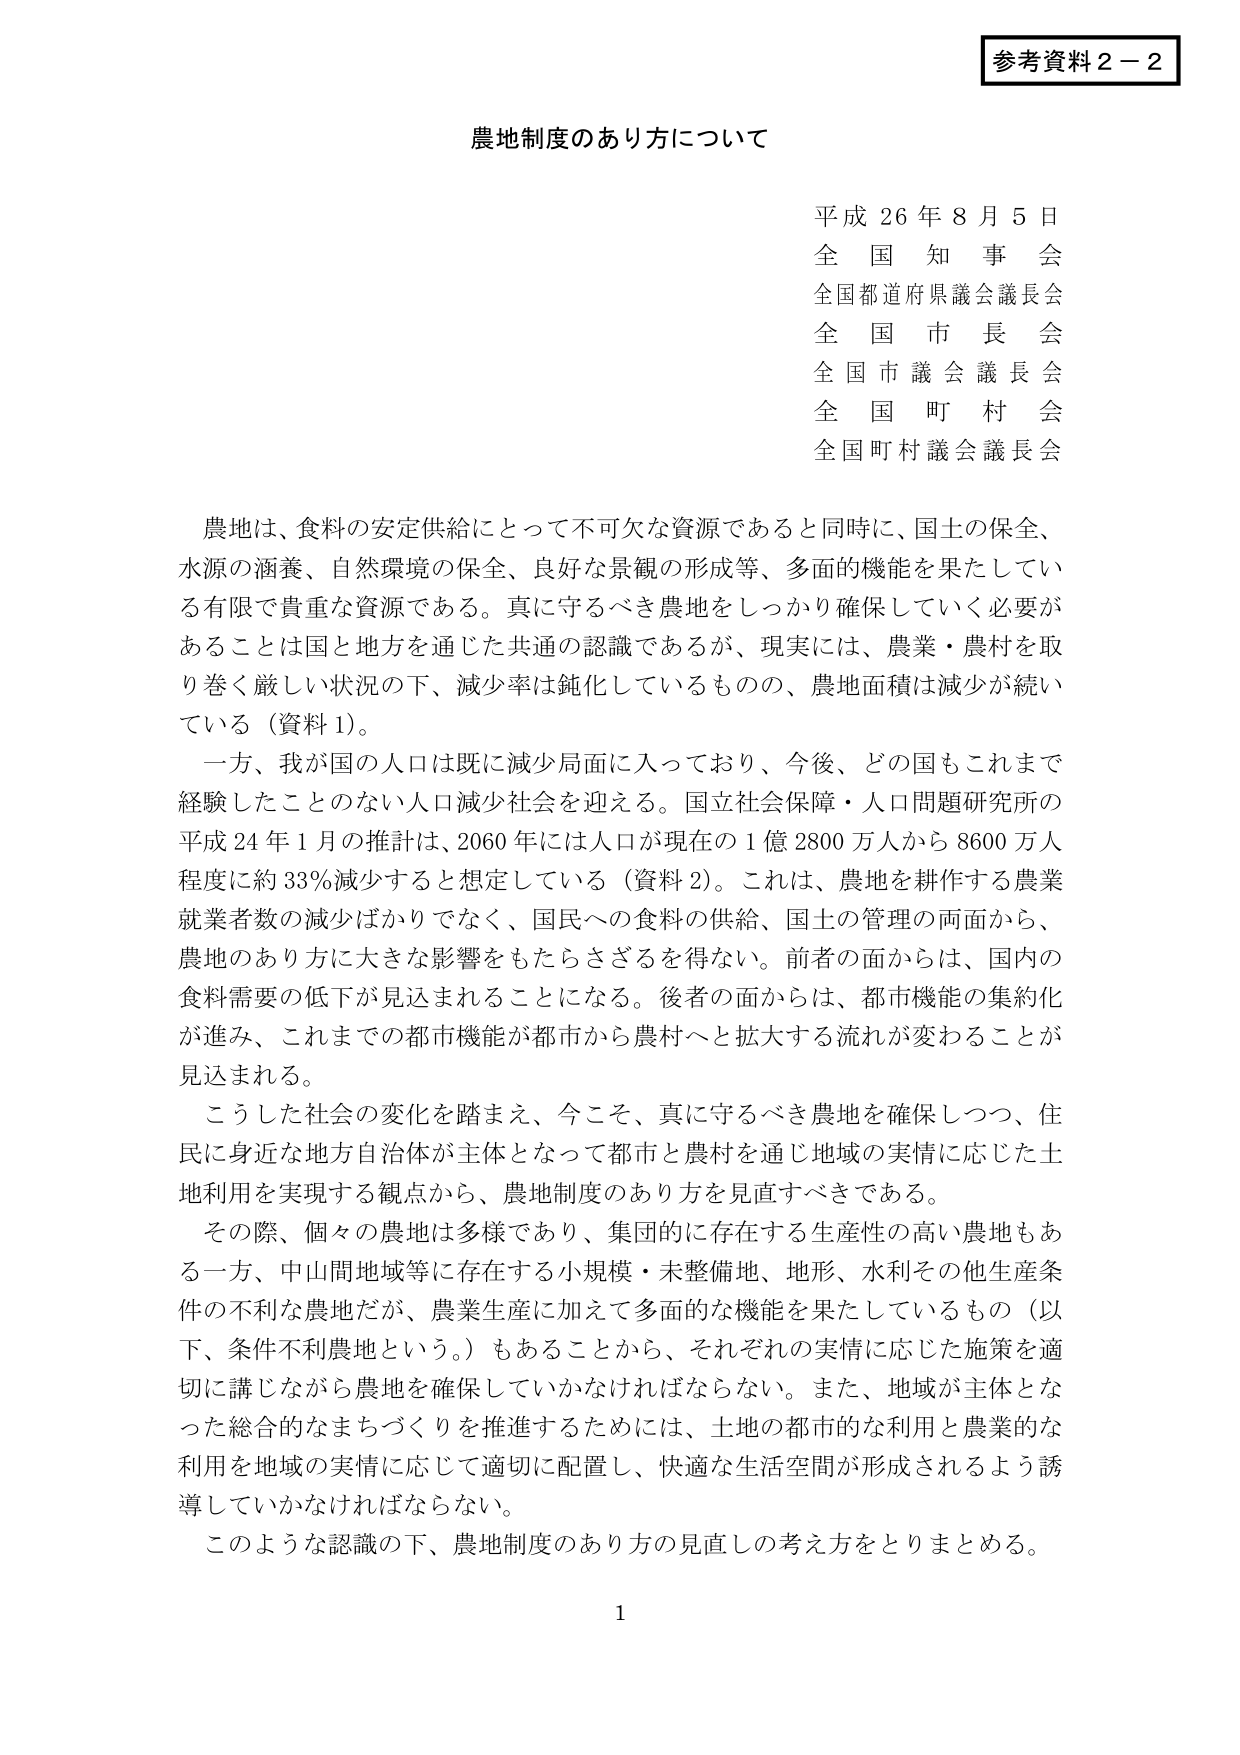
参考資料２－２

農地制度のあり方について

平成26年8月5日
全国知事会
全国都道府県議会議長会
全国市長会
全国市議会議長会
全国町村会
全国町村議会議長会

農地は、食料の安定供給にとって不可欠な資源であると同時に、国土の保全、
水源の涵養、自然環境の保全、良好な景観の形成等、多面的機能を果たしてい
る有限で貴重な資源である。真に守るべき農地をしっかり確保していく必要が
あることは国と地方を通じた共通の認識であるが、現実には、農業・農村を取
り巻く厳しい状況の下、減少率は鈍化しているものの、農地面積は減少が続い
ている（資料1）。

一方、我が国の人口は既に減少局面に入っており、今後、どの国もこれまで
経験したことのない人口減少社会を迎える。国立社会保障・人口問題研究所の
平成24年1月の推計は、2060年には人口が現在の1億2800万人から8600万人
程度に約33％減少すると想定している（資料2）。これは、農地を耕作する農業
就業者数の減少ばかりでなく、国民への食料の供給、国土の管理の両面から、
農地のあり方に大きな影響をもたらさざるを得ない。前者の面からは、国内の
食料需要の低下が見込まれることになる。後者の面からは、都市機能の集約化
が進み、これまでの都市機能が都市から農村へと拡大する流れが変わることが
見込まれる。

こうした社会の変化を踏まえ、今こそ、真に守るべき農地を確保しつつ、住
民に身近な地方自治体が主体となって都市と農村を通じ地域の実情に応じた土
地利用を実現する観点から、農地制度のあり方を見直すべきである。

その際、個々の農地は多様であり、集団的に存在する生産性の高い農地もあ
る一方、中山間地域等に存在する小規模・未整備地、地形、水利その他生産条
件の不利な農地だが、農業生産に加えて多面的な機能を果たしているもの（以
下、条件不利農地という。）もあることから、それぞれの実情に応じた施策を適
切に講じながら農地を確保していかなければならない。また、地域が主体とな
った総合的なまちづくりを推進するためには、土地の都市的な利用と農業的な
利用を地域の実情に応じて適切に配置し、快適な生活空間が形成されるよう誘
導していかなければならない。

このような認識の下、農地制度のあり方の見直しの考え方をとりまとめる。

1